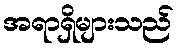
အရာရှိများသည်